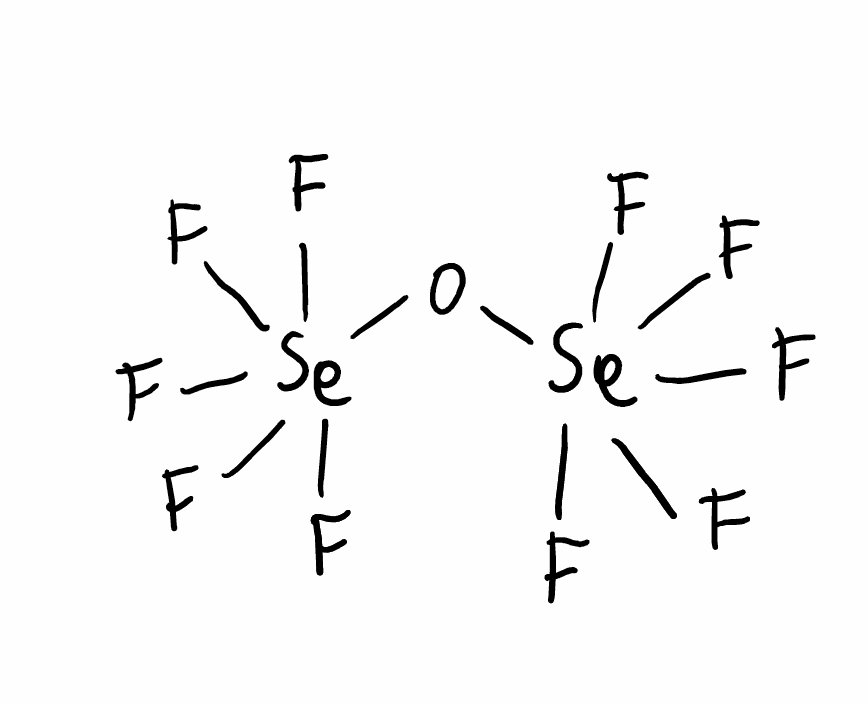
Simplified molecular-input line-entry system (SMILES) notation of the given molecule:
O([Se](F)(F)(F)(F)F)[Se](F)(F)(F)(F)F